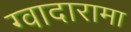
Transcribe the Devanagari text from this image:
ग्वादारामा